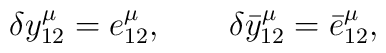
\delta y_{12}^\mu=e_{12}^\mu,\qquad\delta \bar y_{12}^\mu=\bar e_{12}^\mu,